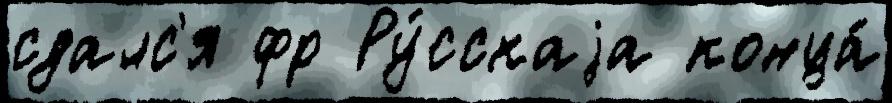
сдалс'я фр Ру́сскаjа конца́